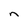
Character: n